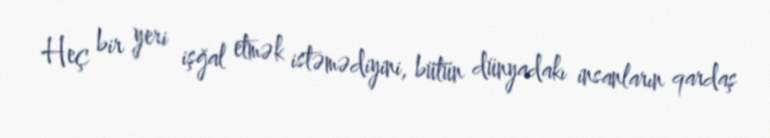
Heç bir yeri işğal etmək istəmədiyini, bütün dünyadakı insanların qardaş